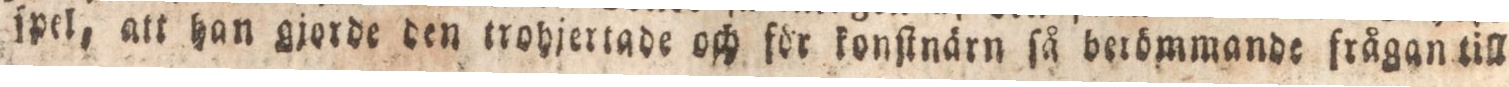
ſpel, att han gjorde den trohjertade och för konſtnärn ſå berömmande frågan till